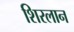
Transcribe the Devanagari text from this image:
शिरलान